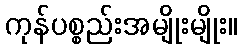
ကုန်ပစ္စည်းအမျိုးမျိုး။